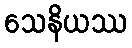
သေနိယဿ